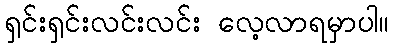
ရှင်းရှင်းလင်းလင်း လေ့လာရမှာပါ။